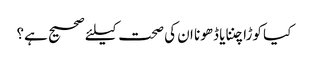
کیا کوڑا چننا یا ڈھونا ان کی صحت کیلئے صحیح ہے؟